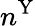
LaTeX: n^{\mathrm{Y}}